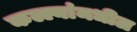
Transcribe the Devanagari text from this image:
कल्ल्यांमधील